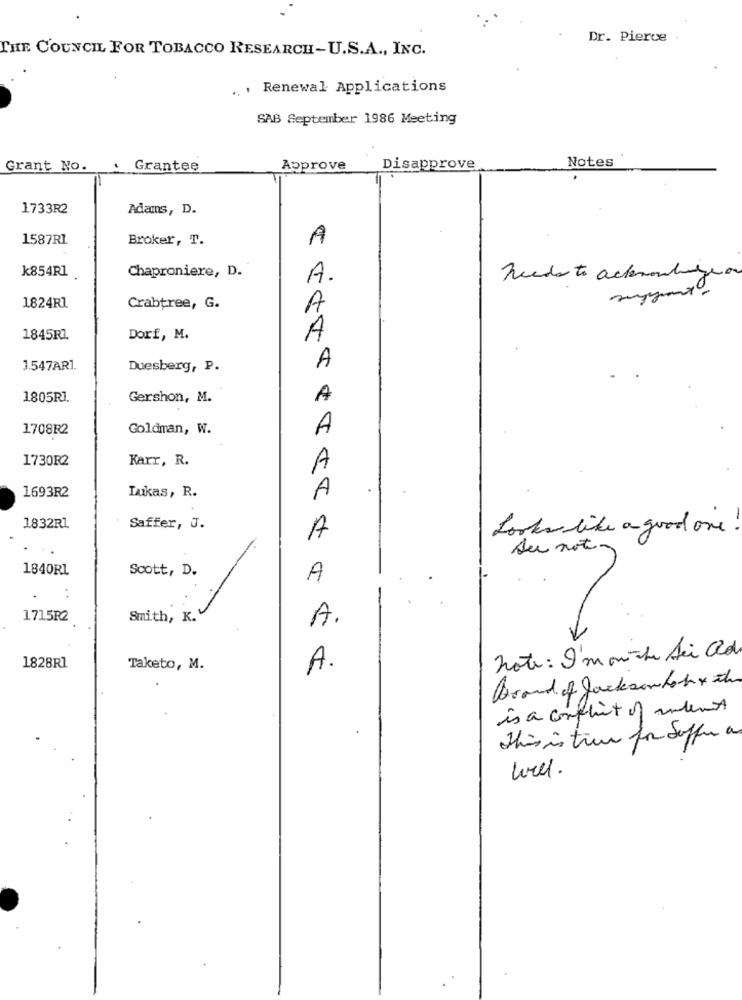
Dr. Pierce
THE COUNCIL FOR TOBACCO RESEARCH-U.S.A ., INC.
.. . Renewal Applications
SAB September 1986 Meeting
Notes
Grant No.
Grantee
Approve
Disapprove
1733R2
Adams, D.
1587R1
Broker, T.
A
k854R1
Chaproniere, D.
A.
Reeds to actvonbingen
1824Rl
Crabtree, G.
A
1845RZ
Dorf, M.
A
A
3.547AR1.
Duesberg, P.
1805R1.
Gershon, M.
A
1708R2
Goldman, W.
A
1730R2
Karr, R.
A
A
1693R2
Lukas, R.
1832RI
Saffer, J.
Looks like a good one
A
du not-
1840RL
Scott, D.
A
1715R2
Smith, K.
A.
>
note: I'm on the Sei Old
1828R1
Taketo, M.
A.
is a conflict of intent
This is there for Soffer a
well.